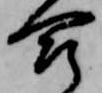
合